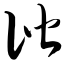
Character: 偕